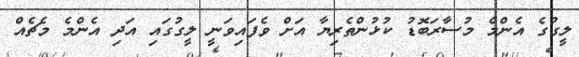
ލީގުގެ އެންމެ މުސާރަބޮޑު ކުޅުންތެރިޔާ އަށް ވެފައިވަނީ ލީގުގައި އަދި އެންމެ މެޗެއް